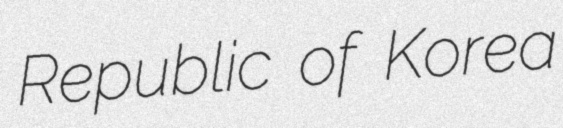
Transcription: Republic of Korea